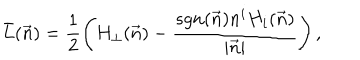
\bar { L } ( \vec { n } ) = \frac { 1 } { 2 } \left( H _ { \perp } ( \vec { n } ) - \frac { s g n ( \vec { n } ) n ^ { i } H _ { i } ( \vec { n } ) } { | \vec { n } | } \right) ,